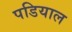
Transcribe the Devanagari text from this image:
पडियाल